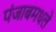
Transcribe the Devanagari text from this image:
पंजाबमधले